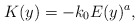
\begin{align*} K(y)=-k_0E(y)^a, \end{align*}